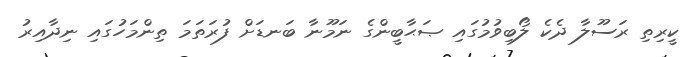
ކީރިތި ރަސޫލާ ދެކެ ލޯބިވުމުގައި ޞަޙާބީންގެ ނަމޫނާ ބަނޑަށް ފުރަތަމަ ތިންމަހުގައި ނިދާއިރު